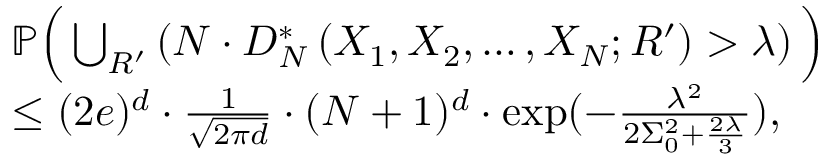
\begin{array} { r l } & { \mathbb { P } \Big ( \bigcup _ { R ^ { \prime } } \left( N \cdot D _ { N } ^ { * } \left( X _ { 1 } , X _ { 2 } , \ldots , X _ { N } ; R ^ { \prime } \right) > \lambda \right) \Big ) } \\ & { \leq ( 2 e ) ^ { d } \cdot \frac { 1 } { \sqrt { 2 \pi d } } \cdot ( N + 1 ) ^ { d } \cdot \exp ( - \frac { \lambda ^ { 2 } } { 2 \Sigma _ { 0 } ^ { 2 } + \frac { 2 \lambda } { 3 } } ) , } \end{array}